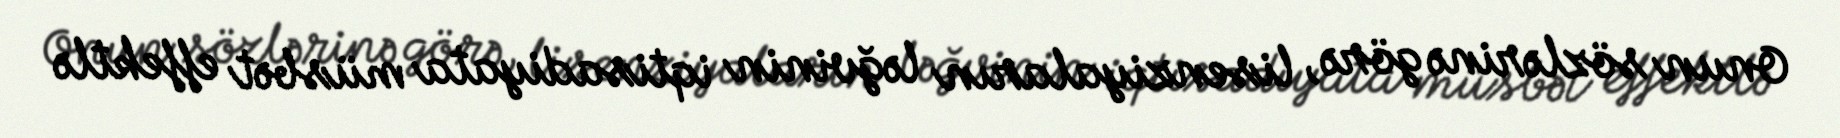
Onun sözlərinə görə, lisenziyaların ləğvinin iqtisadiyata müsbət effektlə